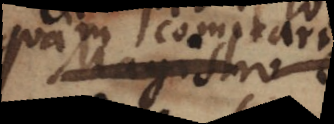
quam comitari